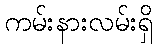
ကမ်းနားလမ်းရှိ